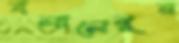
বলালেবুর